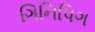
ગિનિપિગ